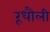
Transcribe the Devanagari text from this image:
रूधौली